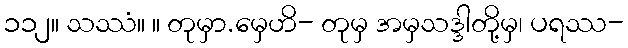
၁၁၂။ သဿံ။ ။ တုမှာ.မှေဟိ- တုမှ အမှသဒ္ဒါတို့မှ၊ ပရဿ-